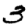
Digit: 3